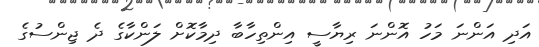
އަދި އަންނަ މަހު އޮންނަ ރިޔާސީ އިންތިހާބާ ދިމާކޮށް ލަންކާގެ ދެ ޖިންސުގެ